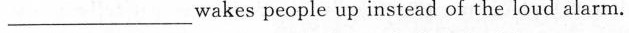
___wakes people up instead of the loud alarm.